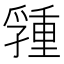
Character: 𡦢